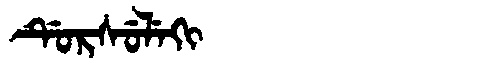
Manchu: ᡩᡠᡵᠰᡠᠯᡝᡴᡳ
Romanization: DURSULEKI